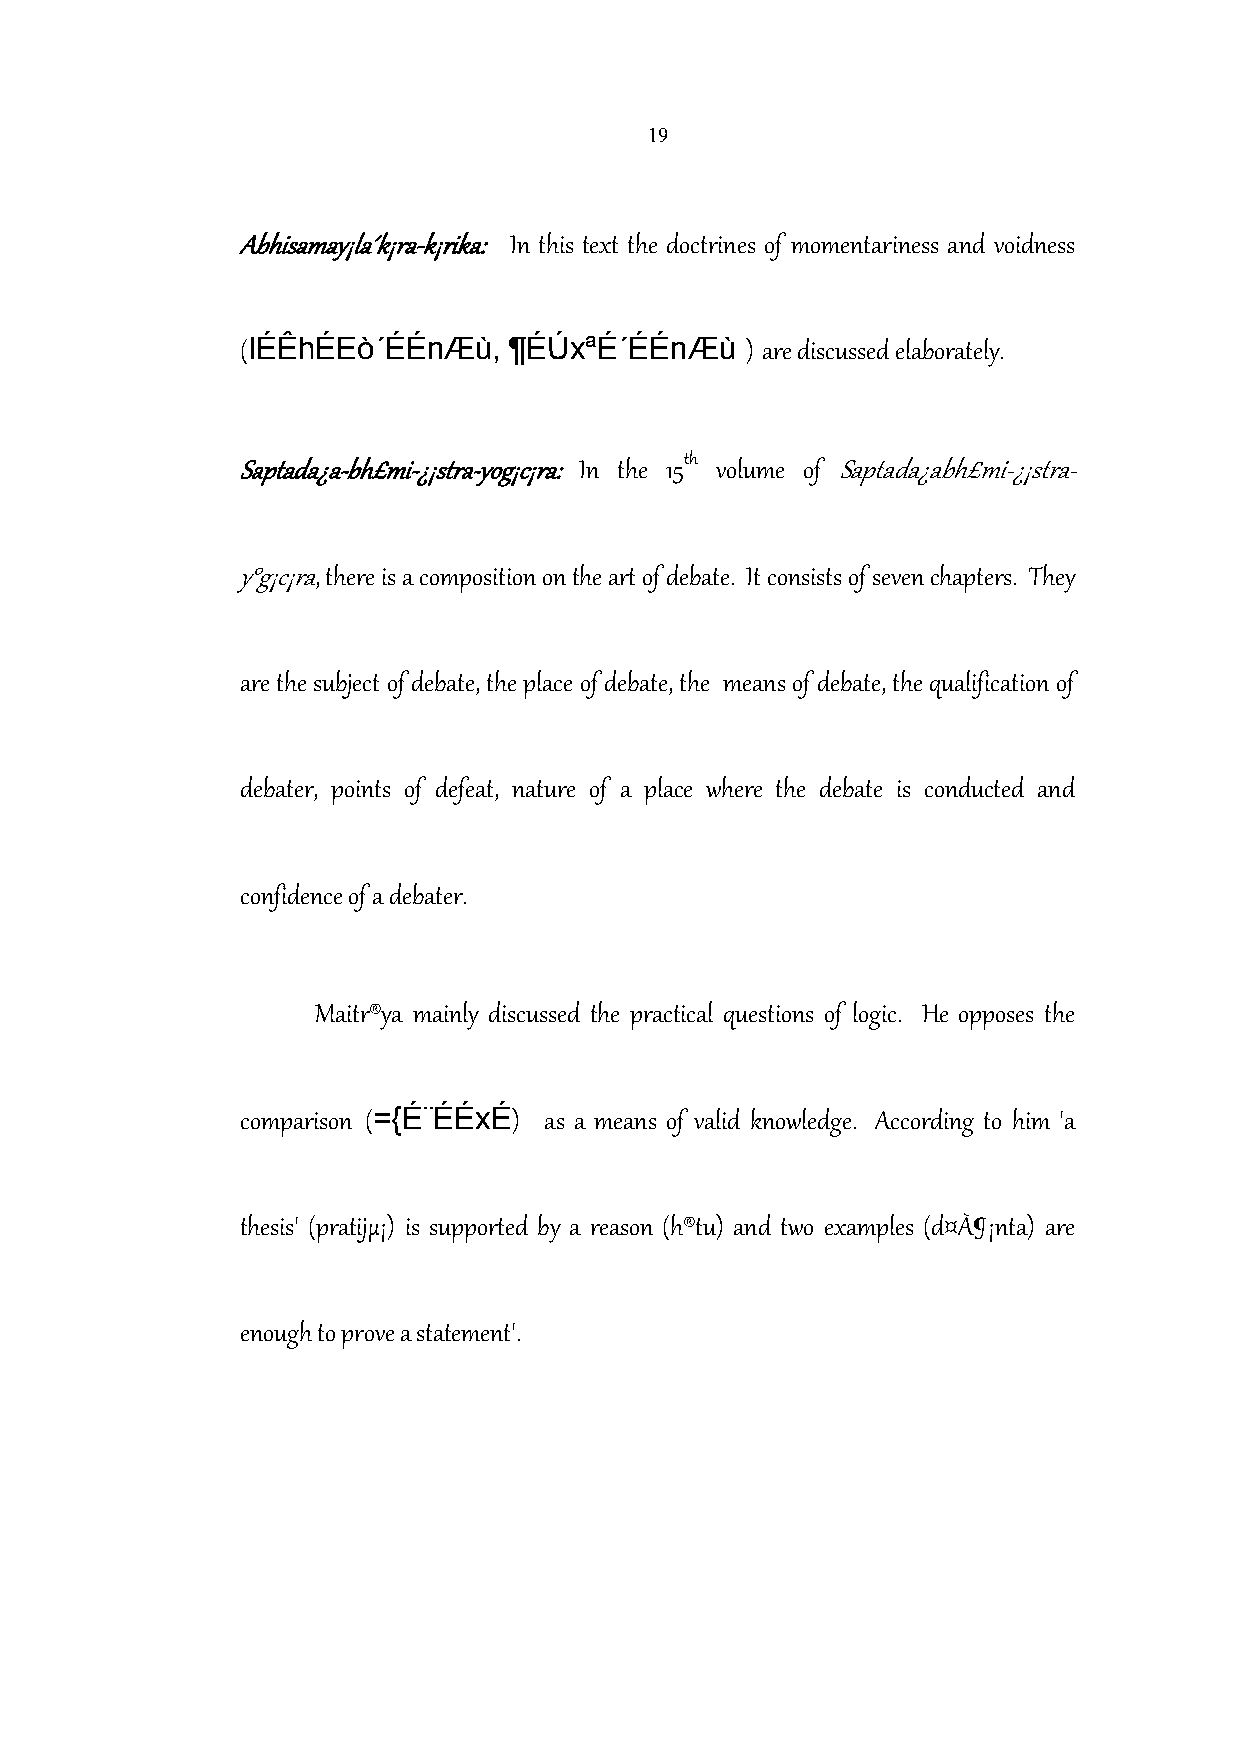
19
 Abhisamay¡la´k¡ra-k¡rika: In this text the doctrines of momentariness and voidness
 IÉÊhÉEò´ÉÉnÆù,    ¶ÉÚxªÉ´ÉÉnÆù
 (                                ) are discussed elaborately.
 th
 Saptada¿a-bh£mi-¿¡stra-yog¡c¡ra: In the 15 volume of Saptada¿abh£mi-¿¡stra-
 y°g¡c¡ra, there is a composition on the art of debate. It consists of seven chapters. They
 are the subject of debate, the place of debate, the means of debate, the qualification of
 debater, points of defeat, nature of a place where the debate is conducted and
 confidence of a debater.
 Maitr®ya mainly discussed the practical questions of logic. He opposes the
 ={É¨ÉÉxÉ
 comparison (      ) as a means of valid knowledge. According to him 'a
 thesis' (pratijµ¡) is supported by a reason (h®tu) and two examples (d¤À¶¡nta) are
 enough to prove a statement'.